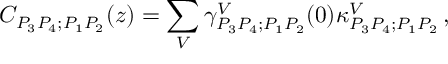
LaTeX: C _ { P _ { 3 } P _ { 4 } ; P _ { 1 } P _ { 2 } } ( z ) = \sum _ { V } \gamma _ { P _ { 3 } P _ { 4 } ; P _ { 1 } P _ { 2 } } ^ { V } ( 0 ) \kappa _ { P _ { 3 } P _ { 4 } ; P _ { 1 } P _ { 2 } } ^ { V } \, ,